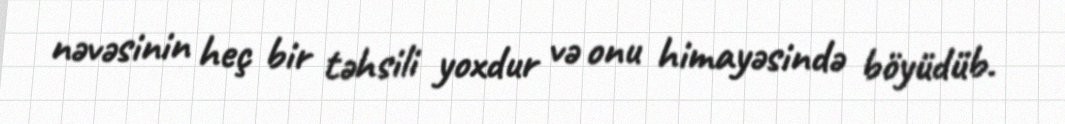
nəvəsinin heç bir təhsili yoxdur və onu himayəsində böyüdüb.